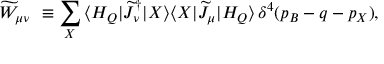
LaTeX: \widetilde { W } _ { \mu \nu } \ \equiv \sum _ { X } \, \langle H _ { Q } | \widetilde { J } _ { \nu } ^ { \dagger } | X \rangle \langle X | \widetilde { J } _ { \mu } | H _ { Q } \rangle \, \delta ^ { 4 } ( p _ { B } - q - p _ { X } ) ,